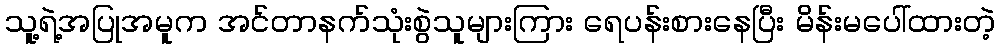
သူ့ရဲ့အပြုအမူက အင်တာနက်သုံးစွဲသူများကြား ရေပန်းစားနေပြီး မိန်းမပေါ်ထားတဲ့